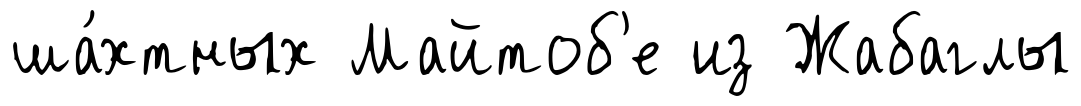
ша́хтных Майтоб'е из Жабаглы